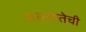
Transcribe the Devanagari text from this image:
सतर्कतेची